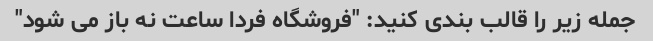
جمله زیر را قالب بندی کنید: "فروشگاه فردا ساعت نه باز می شود"